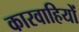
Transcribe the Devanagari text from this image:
कारवाहियों